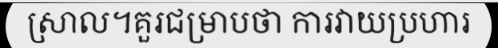
ស្រាល។គួរជម្រាបថា ការវាយប្រហារ